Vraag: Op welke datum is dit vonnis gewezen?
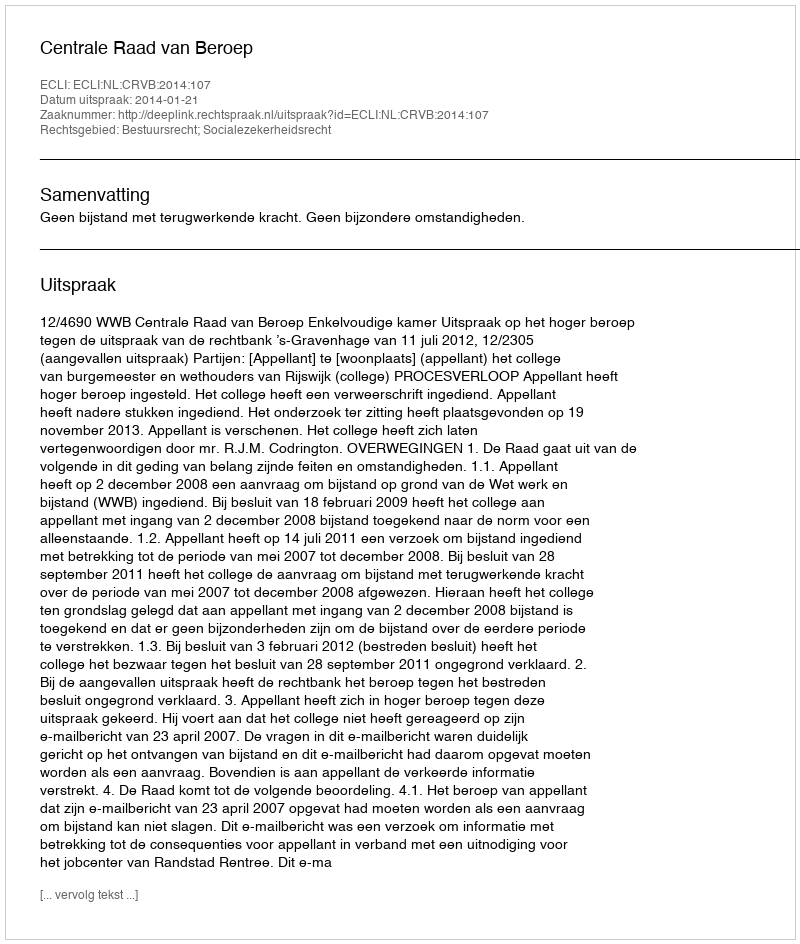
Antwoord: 2014-01-21